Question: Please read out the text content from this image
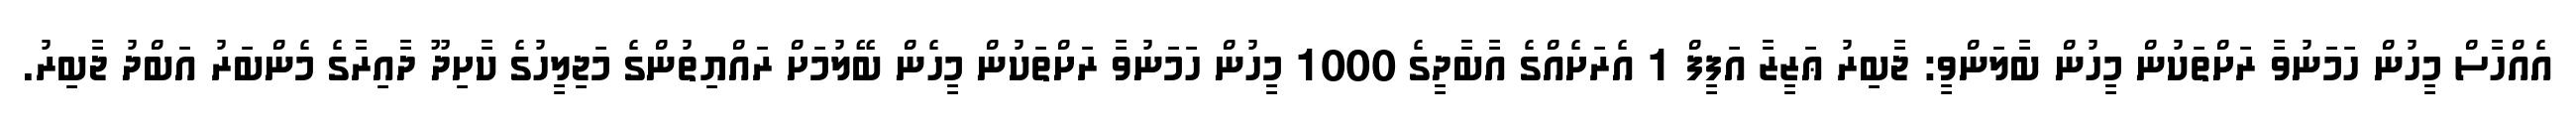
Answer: އެއްހާސް މީހުން ހަމަނުވާ ރަށްތަކުން މީހުން ބާލަންވީ: ޖާބިރު ޢަޒީޒާ އަފީފް 1 އެރަށެއްގެ އާބާދީގެ 1000 މީހުން ހަމަނުވާ ރަށްތަކުން މީހެން ބޭލުމަށް ރައްޔިތުންގެ މަޖިލީހުގެ ކާށިދޫ ދާއިރާގެ މެންބަރު އަބްދު ޖާބިރު.